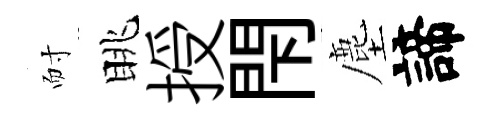
耐眺授閇塵諦